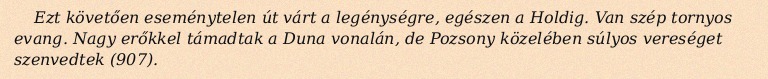
Ezt követően eseménytelen út várt a legénységre, egészen a Holdig. Van szép tornyos evang. Nagy erőkkel támadtak a Duna vonalán, de Pozsony közelében súlyos vereséget szenvedtek (907).